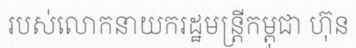
របស់លោកនាយករដ្ឋមន្ត្រីកម្ពុជា ហ៊ុន